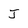
Character: J